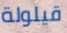
قيلولة